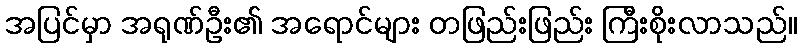
အပြင်မှာ အရုဏ်ဦး၏ အရောင်များ တဖြည်းဖြည်း ကြီးစိုးလာသည်။